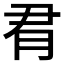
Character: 𪱛